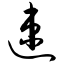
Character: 速